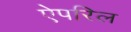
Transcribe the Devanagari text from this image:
ऐपरिल